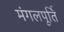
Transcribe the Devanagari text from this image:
मंगलपूर्ति